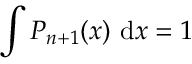
\int P _ { n + 1 } ( x ) \ \mathrm { d } x = 1